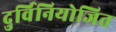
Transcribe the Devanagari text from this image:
दुर्विनियोजित